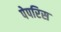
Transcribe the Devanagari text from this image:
पेपरिस